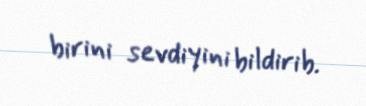
birini sevdiyini bildirib.